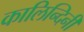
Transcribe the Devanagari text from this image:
कालिन्दिनी